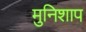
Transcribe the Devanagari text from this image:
मुनिशाप